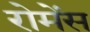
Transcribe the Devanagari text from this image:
रोमेंस